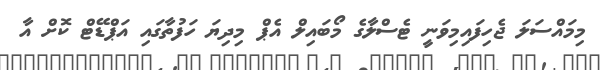
މިމައްސަލަ ޖެހިފައިމިވަނީ ޓެސްލާގެ މޯބައިލް އެޕް މިދިޔަ ހަފުތާގައި އަޕްޑޭޓް ކޮށް އާ